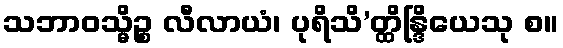
သဘာဝသ္မိဉ္စ လီလာယံ၊ ပုရိသိ’တ္ထိန္ဒြိယေသု စ။